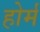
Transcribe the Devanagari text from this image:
होर्म